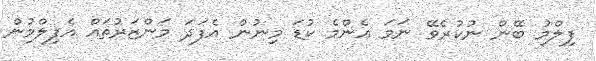
ފިލްމު ބޭން ނުކުރެވޭ ނަމަ އެންމެ ކުޑަ މިނުން އެފަދަ މަންޒަރުތައް އެފިލްމުން